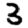
Digit: 3